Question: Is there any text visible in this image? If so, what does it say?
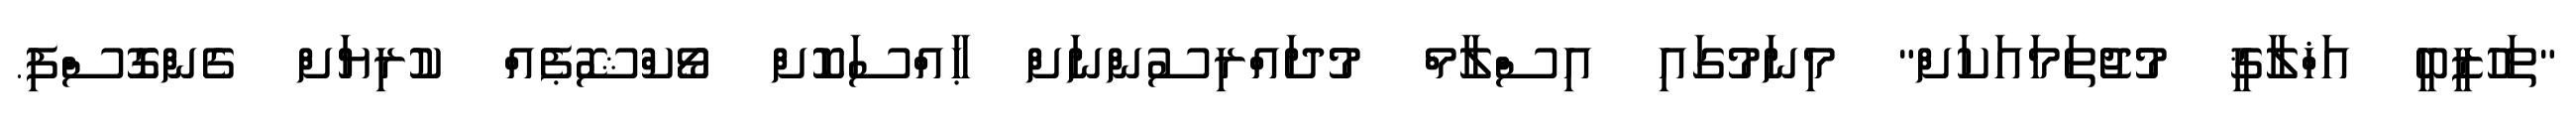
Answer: "ތަހުޒީބީ އަޚްލާޤީ މުޖުތަމައަކަށް" މިނަމުގައި އިސްލާމް މުދައްރިސުންނަށް ޙާއްސަކޮށް ވޯކްޝޮޕެއް ކުރިޔަށް ގެންގޮސްފި.